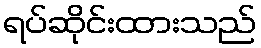
ရပ်ဆိုင်းထားသည်